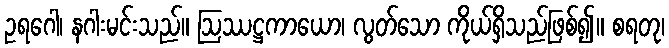
ဥရဂေါ၊ နဂါးမင်းသည်။ ဩဿဋ္ဌကာယော၊ လွတ်သော ကိုယ်ရှိသည်ဖြစ်၍။ စရတု၊